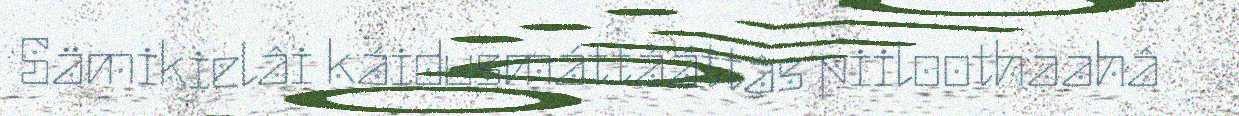
Sämikielâi káidusmáttááttâs piiloothaahâ